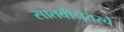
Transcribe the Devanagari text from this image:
सातवीनंतरचे